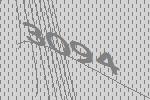
3094